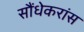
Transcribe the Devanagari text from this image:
सौंधेकरांस